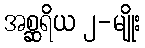
အစ္ဆရိယ ၂-မျိုး